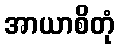
အာယာစိတုံ